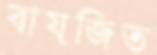
বায়জিত